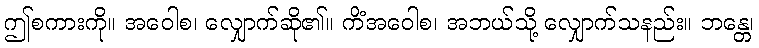
ဤစကားကို။ အဝေါစ၊ လျှောက်ဆို၏။ ကိံအဝေါစ၊ အဘယ်သို့ လျှောက်သနည်း။ ဘန္တေ၊